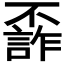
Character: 𠁙